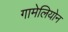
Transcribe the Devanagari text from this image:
गामेलियोन